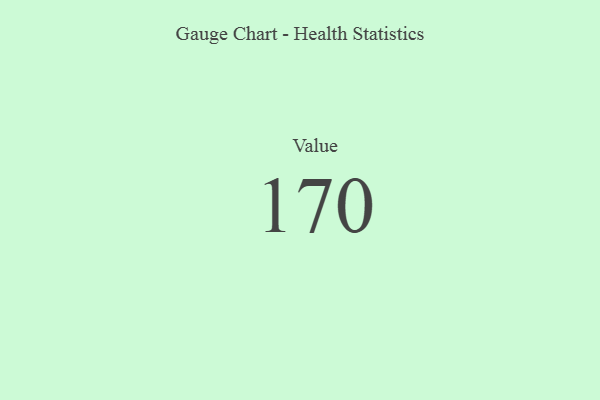
{"axis": {"x": "Metric", "y": "Value"}, "legend": [""], "data": [{"x": "Value", "y": 170, "type": ""}]}